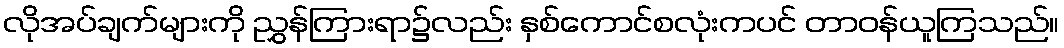
လိုအပ်ချက်များကို ညွှန်ကြားရာ၌လည်း နှစ်ကောင်စလုံးကပင် တာဝန်ယူကြသည်။